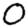
Digit: 0